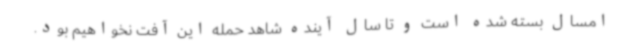
امسال بسته شده است و تا سال آینده شاهد حمله این آفت نخواهیم بود.